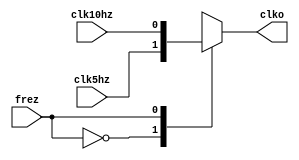
`timescale 1ns / 1ps
//////////////////////////////////////////////////////////////////////////////////
// Company: 
// Engineer: 
// 
// Design Name: 
// Module Name:    chon_xung 
// Project Name: 
// Target Devices: 
// Tool versions: 
// Description: 
//
// Dependencies: 
//
// Revision: 
// Revision 0.01 - File Created
// Additional Comments: 
//
//////////////////////////////////////////////////////////////////////////////////
module chon_xung(
input clk5hz,
input clk10hz,
input frez,
output clko
);

reg s;

always @*
begin
	case (frez)
	0: s <= clk5hz;
	1: s <= clk10hz;
	endcase
end

assign clko = s;

endmodule